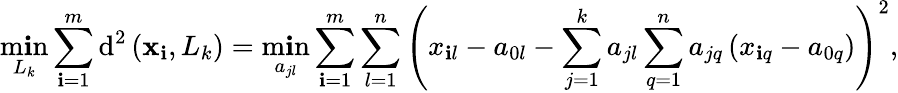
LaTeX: \displaystyle\operatorname*{m\mathbf{i}n}_{L_{k}}\sum_{\mathbf{i}=1}^{m}\operatorname{d}^{2}\left({\mathbf{{x}}}_{\mathbf{i}},L_{k}\right)=\displaystyle\operatorname*{m\mathbf{i}n}_{a_{jl}}\sum_{\mathbf{i}=1}^{m}\sum_{l=1}^{n}\left(x_{\mathbf{i}l}-a_{0l}-\sum_{j=1}^{k}a_{jl}\sum_{q=1}^{n}a_{jq}\left(x_{\mathbf{i}q}-a_{0q}\right)\right)^{2},